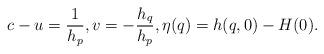
LaTeX: \begin{align*} c-u = \frac 1{h_p}, v = - \frac{h_q}{h_p}, \eta(q) = h(q,0)-H(0). \end{align*}